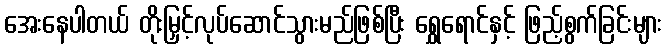
အေးနေပါတယ် တိုးမြှင့်လုပ်ဆောင်သွားမည်ဖြစ်ပြီး ရွှေရောင်နှင့် ဖြည့်စွက်ခြင်းများ